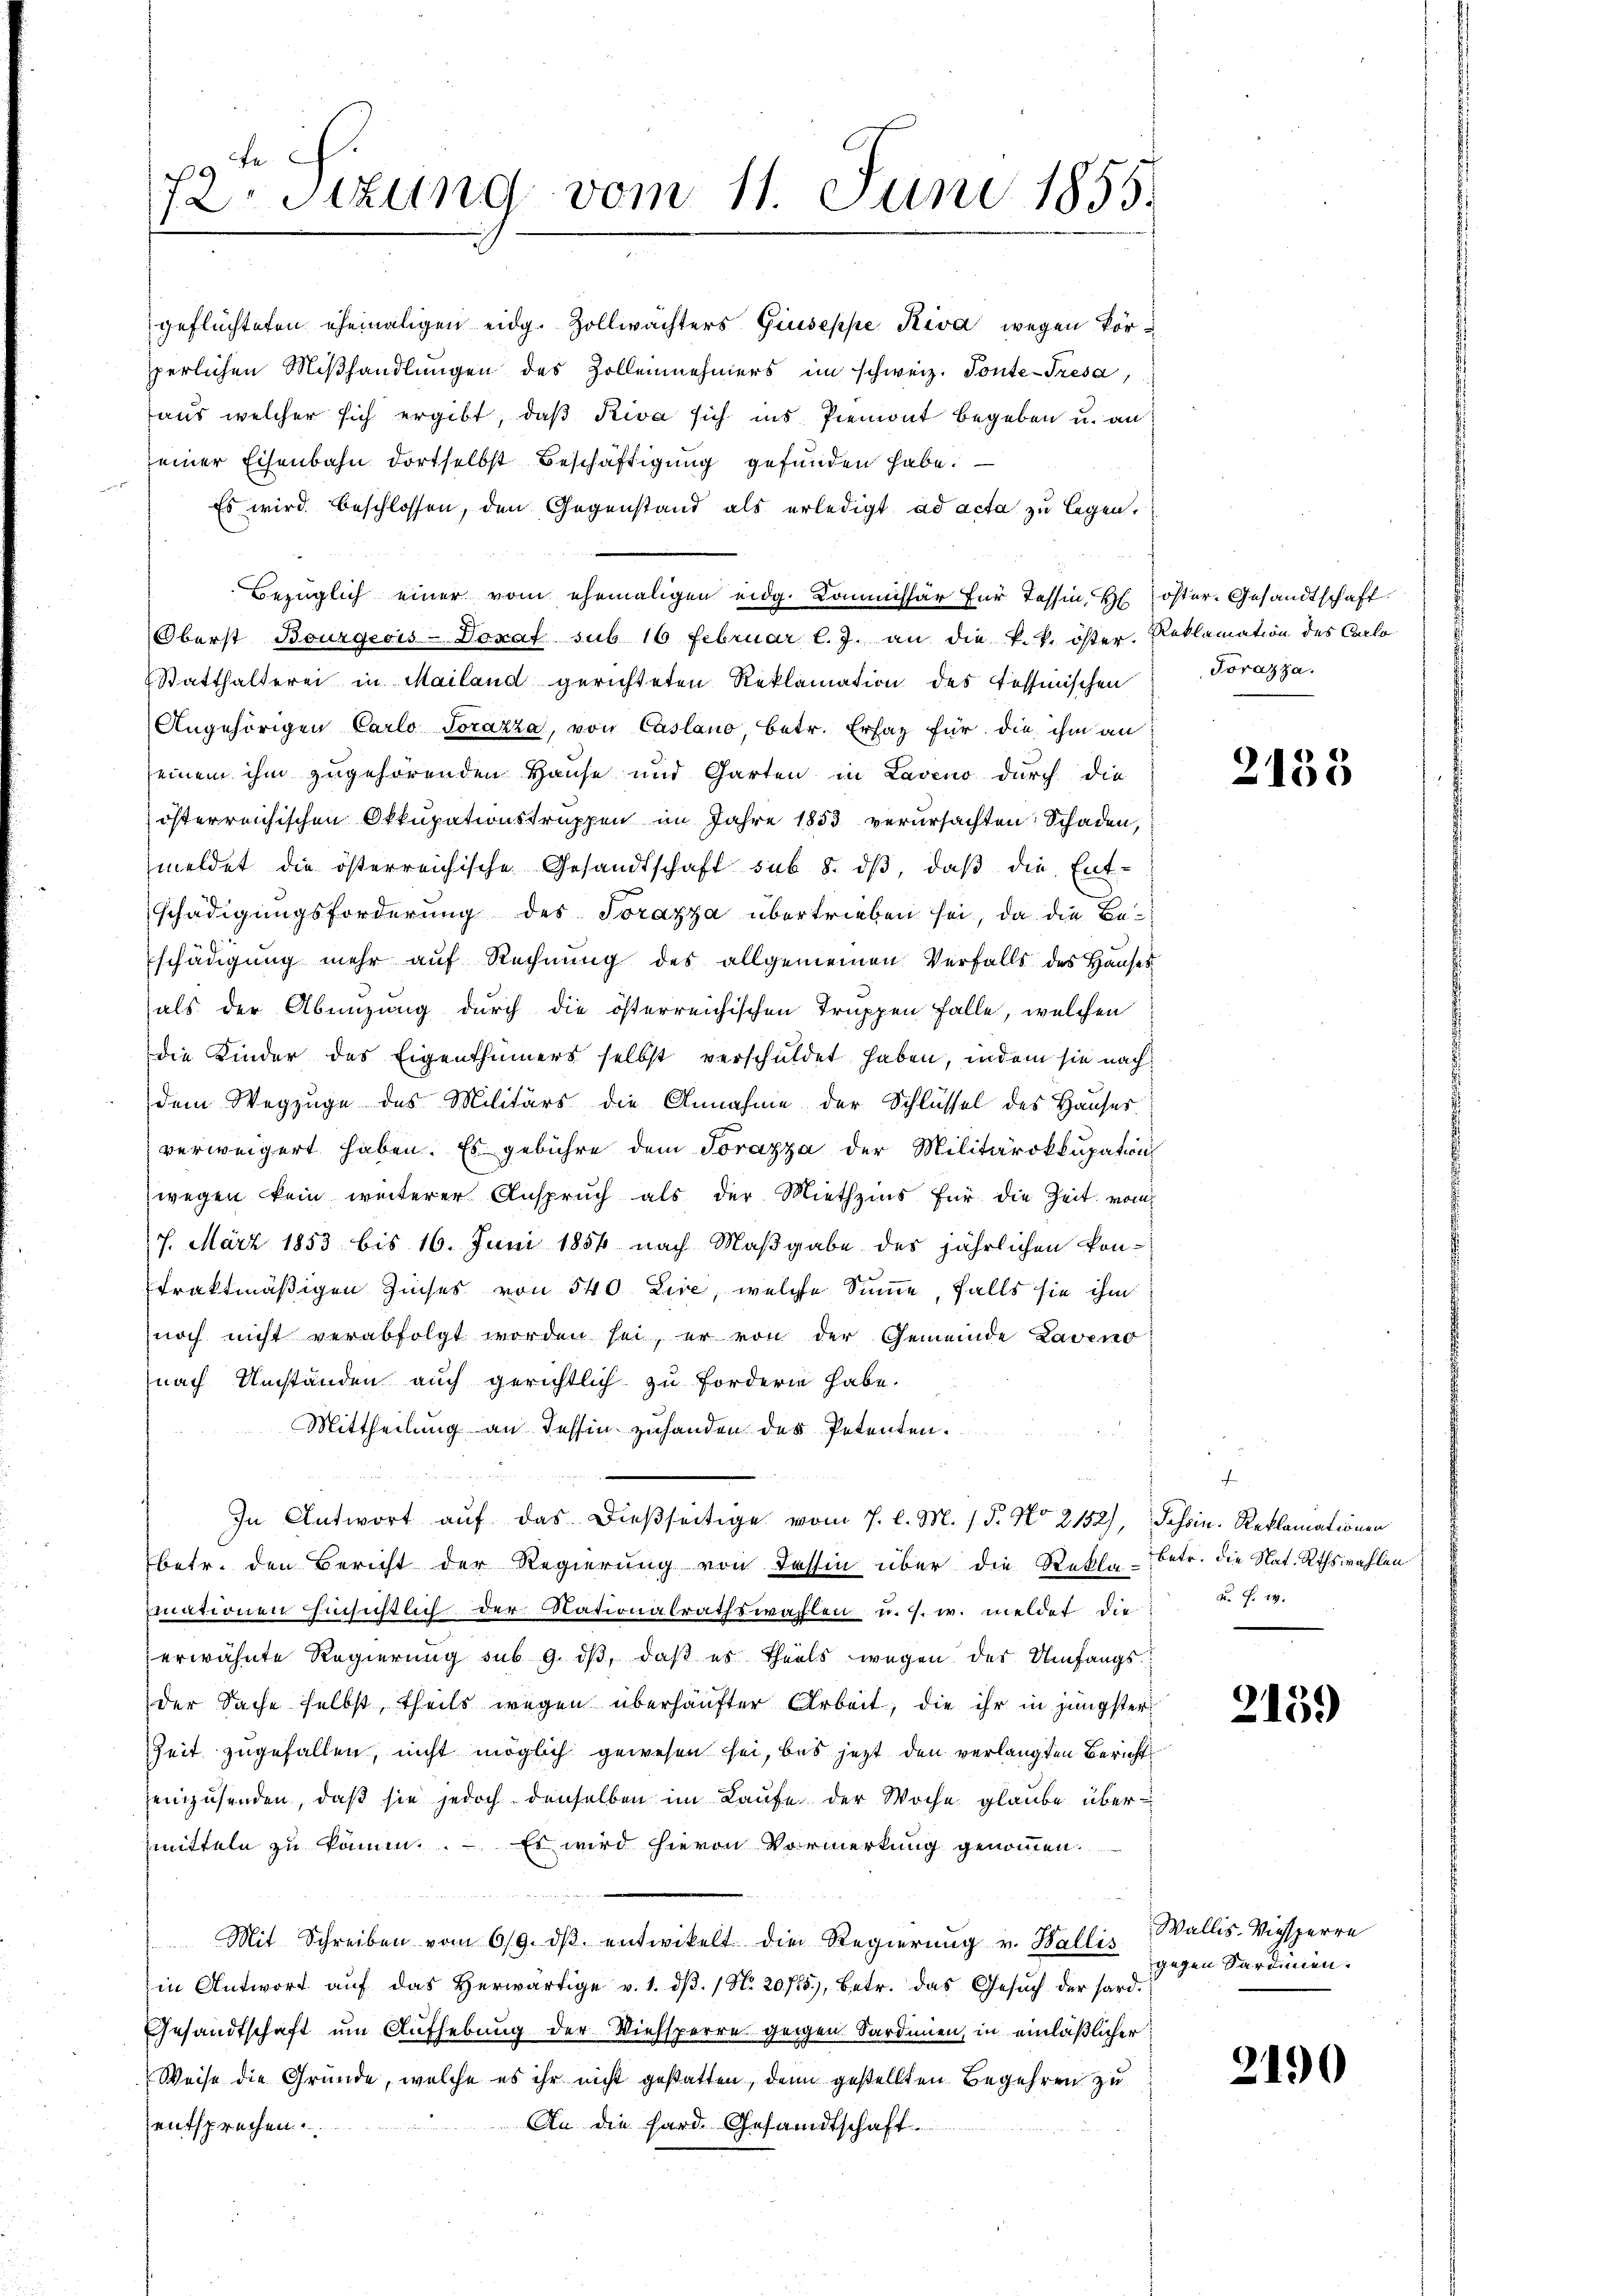
fe.
72. Sizung vom 11. Juni 1855.

geflüchteten ehemaligen eidg. Zollwachters Giuseppe Riva wegen Vorperlichen Mißhandlungen des Zollennehmers im schweiz. Ponte-Tresa,
aus welcher sich ergibt, daß Riva sich ins Piemont begeben u. an
einer Eisenbahn dortselbst Beschäftigung gefunden habe.
Es wird beschlossen, den Gegenstand als erledigt ad acta zu legen.
Bezüglich einer vom ehemaligen eidg. Kommissär für Tessin, Höster. Gesandtschaft
Oberst Bourgeois-Dorat sub 16 Februar l. J. an die k. k. öster. Reklamation des Carlo
Statthalterei in Mailand gerichteten Reklamation des Tessinischen
Angehörigen Carlo Torazza, von Casano, betr. Erfag für die ihm an
seinem ihm zugehörenden Hause und Garten in Laveno durch die
österreichischen Okkupationstruppen im Jahre 1853 verursachten Schaden,
meldet die österreichische Gesandtschaft sub 8. dβ, daß die Entschädigungsforderung des Torazza übertrieben sei, da die Beschädigung mehr auf Rechnung des allgemeinen Verfalls des Hauses
als der Abenzung durch die österreichischen Truppen falle, welchen
die Kinder des Eigenthümers selbst verschuldet haben, indem sie nach
dem Wegzuge des Militärs die Annahme der Schlüssel des Hauser.
verweigert haben. Es gebühre dem Torazza der Militärokkupation
wegen kein weiterer Anspruch als der Miethzins für die Zeit vom
7. März 1853 bis 16. Juni 1856 nach Maßgabe des jährlichen kon-
traktmäßigen Zinses von 540 Lire, welche Summe, falls sie ihm
noch nicht verabfolgt worden sei, er von der Gemeinde Laveno
nach Umständen auch gerichtlich zu fordern habe.
Mittheilung an Tessin zuhanden des Petenten.
In Antwort auf das dießseitige vom 7. l. M. / 5. No 2152), Schein. Reklamationen
betr. den Bericht der Regierung von Tessin über die Rekla-Betr. die Nat. Rthswahlen
mationen Einsichtlich der Nationalrathswahlen u. s. w. meldet die u. s. w.
erwähnte Regierung sub 9. dβ, daß es theils wegen der Umfangsder Sache selbst, theils wegen überhäufter Arbeit, die ihr in jüngster
Zeit zugefallen, nicht möglich gewesen sei, bis jetzt den verlangten Bericht
einzusenden, daß sie jedoch denselben im Laufe der Woche glaube übermitteln zu könn. – Es wird hievon Vormerkung genommen.
Mit Schreiben vom 6/9. dβ entwickelt die Regierung u. Wallis Wallis-Viesperre
in Antwort aŭf das herwärtige v. 1. dβ. / No. 2075), betr. das Gesŭch der hard-
Gesandtschaft um Aufhebung der Viehsperre gegen. Sardinien, in einläßlicher
Weise die Gründe, welche es ihr nicht gestatten, denn gestellten Begehren zu
An die hard. Gesandtschaft.
entsprechen.

Forazza.

2153

.

2139

gegen Sardinien.

2190